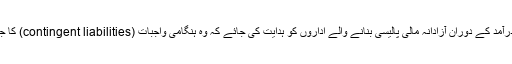
رپورٹ میں حکومتوں سے سفارش کی گئی ہے کہ ایکرووئلز پر عمل درآمد کے دوران آزادانہ مالی پالیسی بنانے والے اداروں کو ہدایت کی جائے کہ وہ ہنگامی واجبات (contingent liabilities) کا جائزہ لیں اور باربار پیش آنے والے مالی خطرات پر رپورٹیں تیار کریں۔